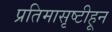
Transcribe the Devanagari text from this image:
प्रतिमासृष्टीहून